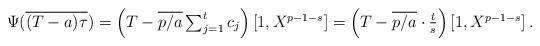
LaTeX: \begin{align*} \textstyle \Psi (\overline{\textstyle (T - a) \tau}) & \textstyle = \left( T - \overline{p/a} \sum_{j=1}^t c_j\right) \left[1, X^{p-1-s}\right]= \left( T - \overline{p/a} \cdot \frac{t}{s}\right) \left[1, X^{p-1-s}\right]. \end{align*}